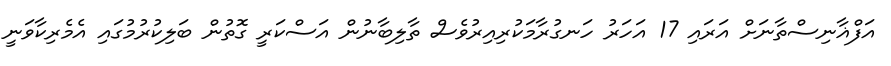
އަފްޣާނިސްތާނަށް އަރައި 17 އަހަރު ހަނގުރާމަކުރިއިރުވެސް ތާލިބާނުން އަސްކަރީ ގޮތުން ބަލިކުރުމުގައި އެމެރިކާވަނީ